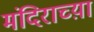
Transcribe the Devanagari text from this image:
मंदिराच्य़ा